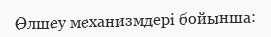
Өлшеу механизмдері бойынша: